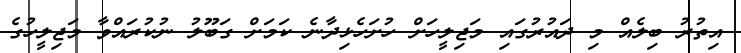
އިތުރު ބިލެއް މި ދައުރުގައި މަޖިލީހަށް ހުށަހެޅިދާނެ ކަމަށް ގަބޫލު ނުކުރައްވާ މަޖިލީހުގެ